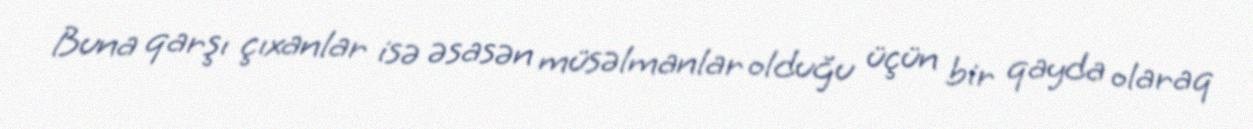
Buna qarşı çıxanlar isə əsasən müsəlmanlar olduğu üçün bir qayda olaraq